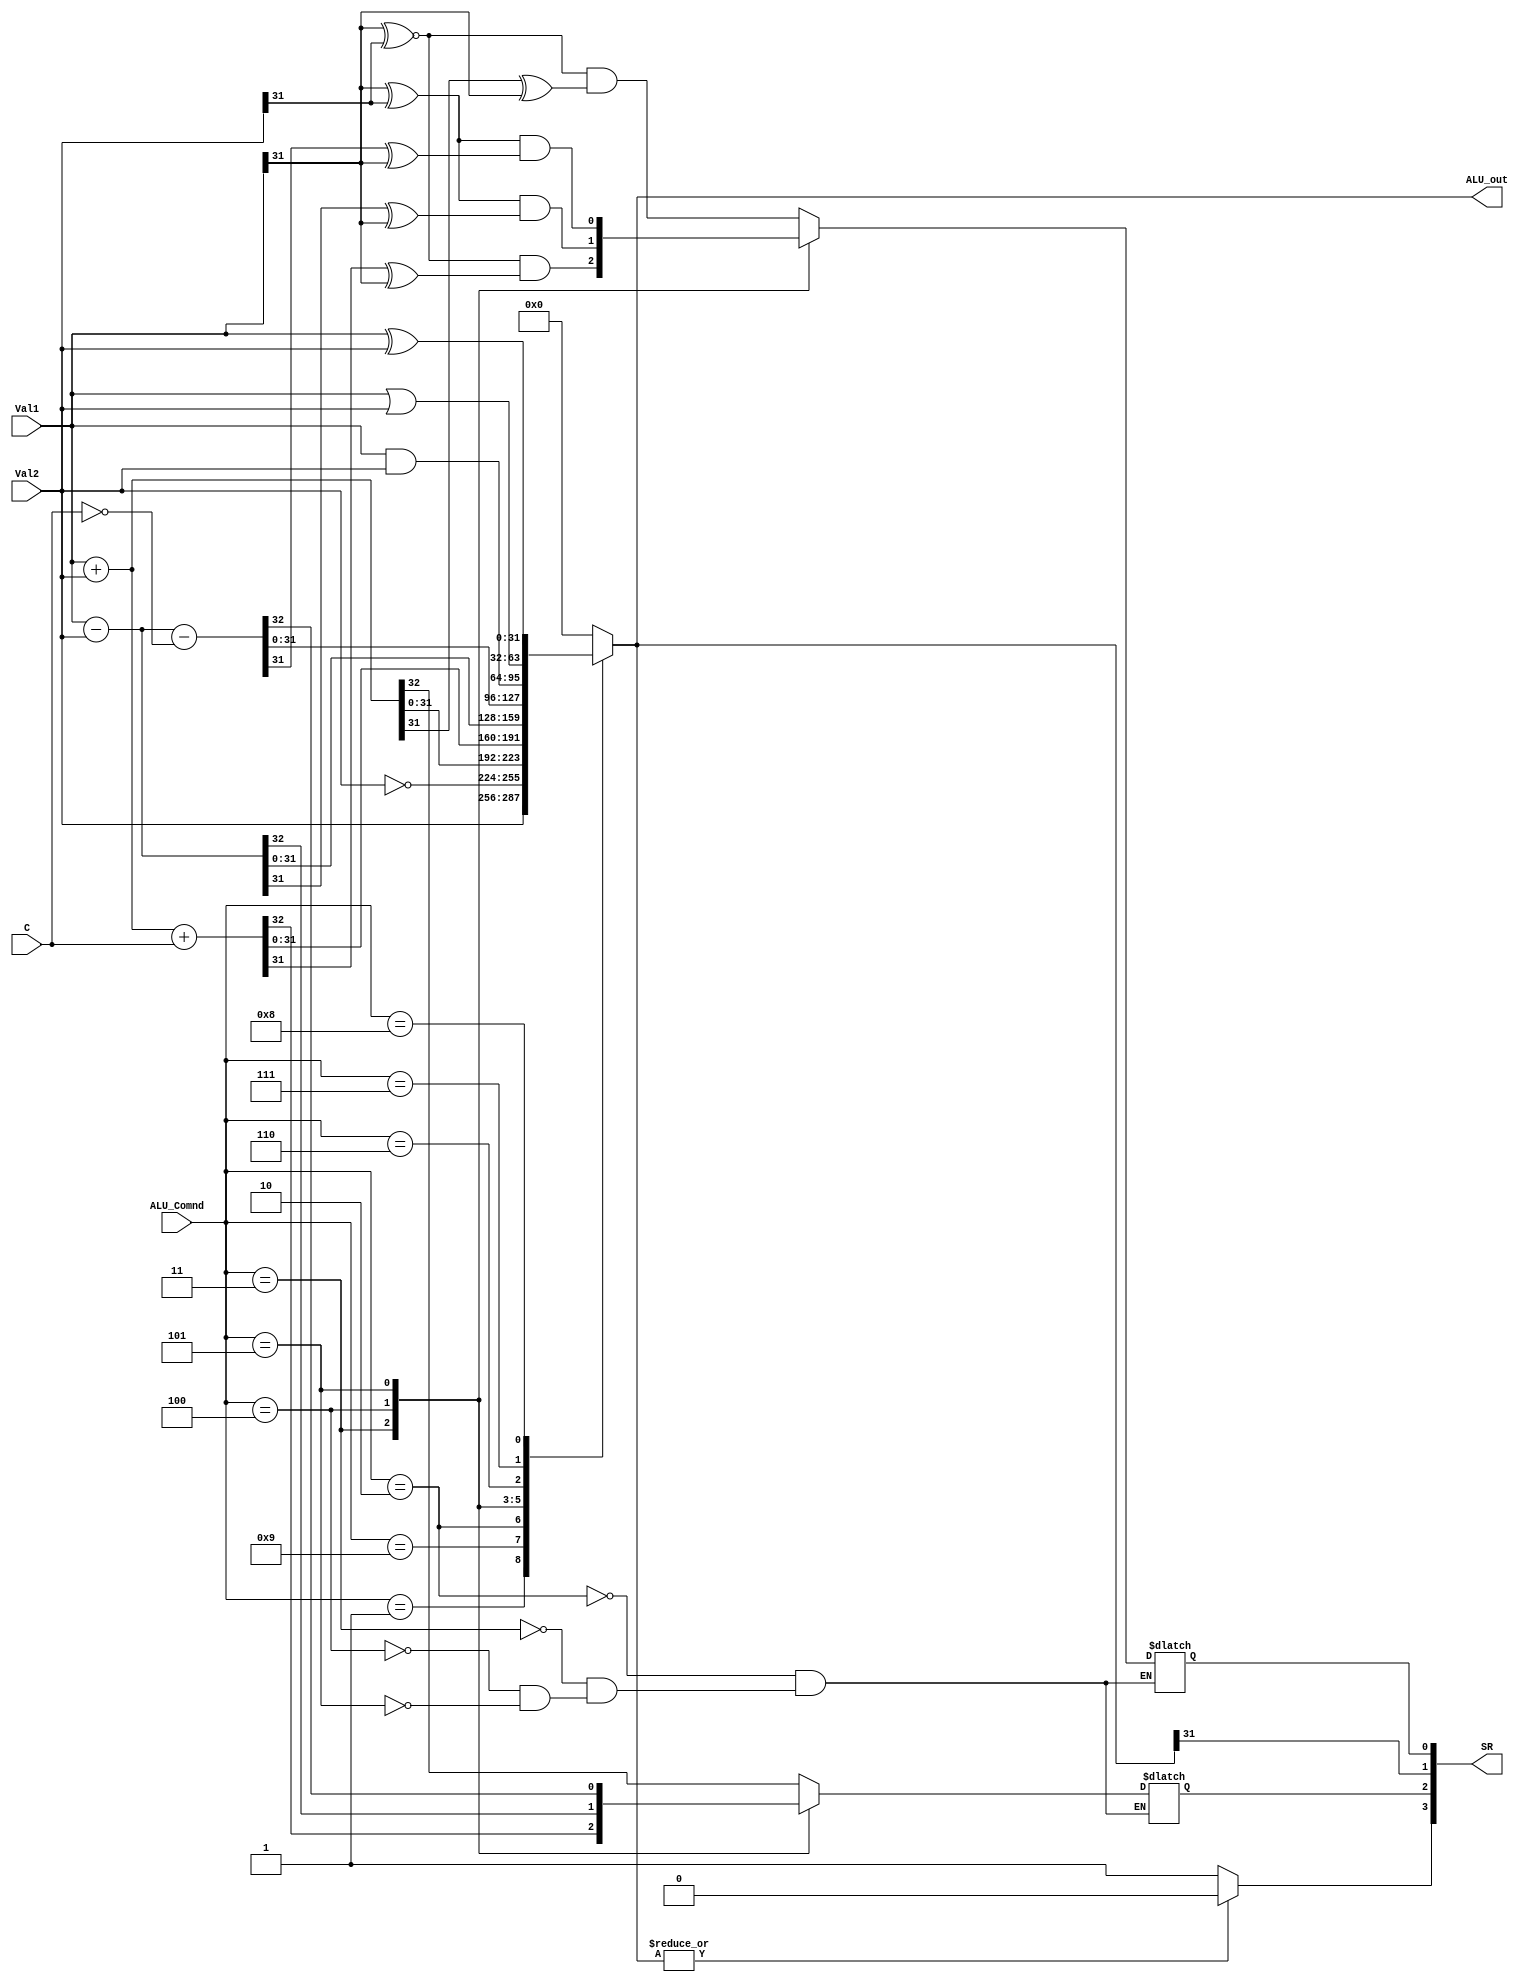
module ALU (input [3:0] ALU_Comnd,
            input [31:0] Val1,Val2,
            input C,
            output reg [31:0] ALU_out,
            output [3:0] SR);

reg V1, C1;
wire N1, Z1;


assign SR = {Z1, C1, N1, V1};

assign N1 = ALU_out[31];
assign Z1 = |ALU_out ? 1'b0:1'b1;
parameter [3:0] MOV=4'b0001,MVN=4'b1001,ADD=4'b0010,ADC=4'b0011,         SUB=4'b0100,AND=4'b0110,SBC=4'b0101,
                ORR=4'b0111,EOR=4'b1000,CMP=4'b0100,TST=4'b0110,LDR=4'b0010,STR=4'b0010;
always @(ALU_Comnd,Val1,Val2,C) begin
    case (ALU_Comnd)
    MOV:  ALU_out = Val2;
    MVN:  ALU_out = ~Val2;
    ADD:  begin {C1, ALU_out} = Val1+Val2;
                    V1 = (Val1[31] ~^ Val2[31]) & (ALU_out[31] ^ Val1[31]);

    end
    ADC:  begin {C1, ALU_out} = Val1+Val2+C; V1 = (Val1[31] ~^ Val2[31]) & (ALU_out[31] ^ Val1[31]);end
    SUB:  begin {C1, ALU_out} = Val1-Val2; V1 = (Val1[31] ^ Val2[31]) & (ALU_out[31] ^ Val1[31]);end
    SBC:  begin {C1, ALU_out} = Val1-Val2-(!C); V1 = (Val1[31] ^ Val2[31]) & (ALU_out[31] ^ Val1[31]);end
    AND:  ALU_out = Val1&Val2;
    ORR:  ALU_out = Val1|Val2;
    EOR:  ALU_out = Val1^Val2;
    CMP:  begin {C1, ALU_out} = Val1-Val2; V1 = (Val1[31] ^ Val2[31]) &     (ALU_out[31] ^ Val1[31]);end
    TST:  ALU_out = Val1&Val2;
    LDR:  ALU_out = Val1+Val2;
    STR:  ALU_out = Val1+Val2;
        default: ALU_out=32'b0;
    endcase 
end
endmodule